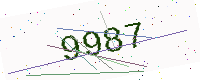
Text: 9987